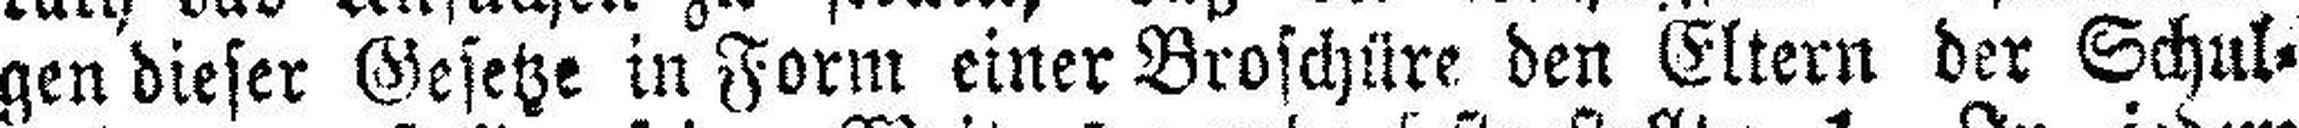
gen dieser Gesetze in Form einer Broschüre den Eltern der Schul¬